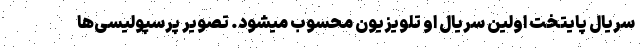
سریال پایتخت اولین سریال او تلویزیون محسوب میشود. تصویر پرسپولیسی‌ها